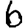
Digit: 6